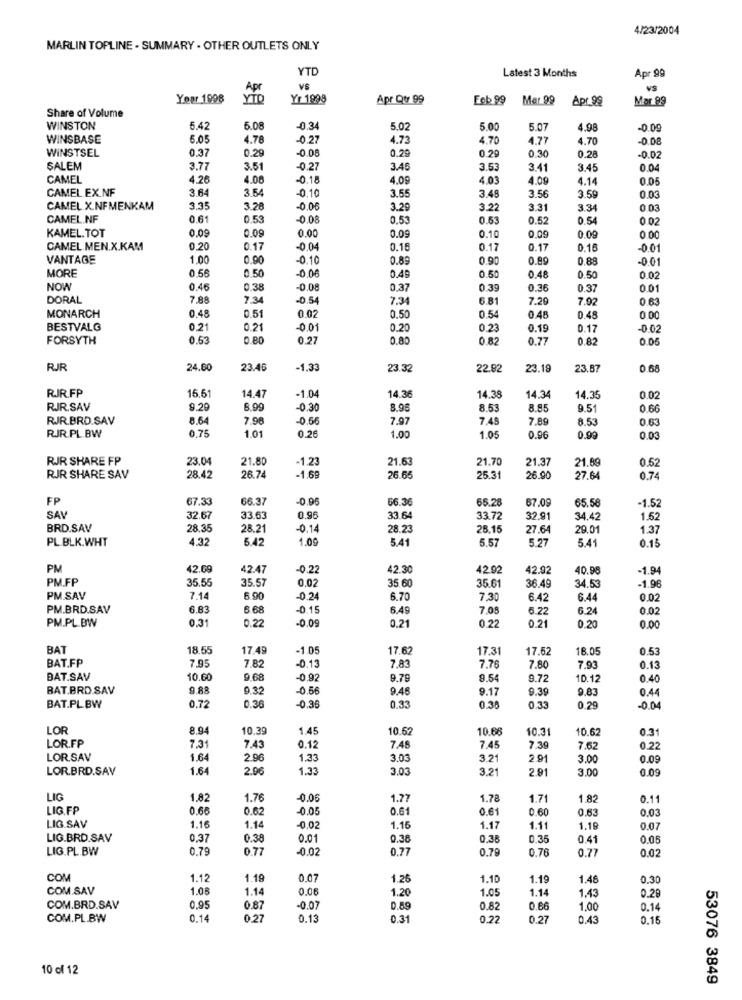
4/23/2004
MARLIN TOPLINE - SUMMARY . OTHER OUTLETS ONLY
YTD
Latest 3 Months
Apr 99
Apr
VS
VS
Your 1998
YTO
Yr 1998
Apr Qtr 99
Feb 99
Mar 99
Apr.99
Mor 89
Share of Volume
WINSTON
5.42
5.08
0.34
5.02
5.00
5.07
4.98
-0.09
WINSBASE
6.05
4.78
-0.27
4.73
4.70
4.77
4.70
-0.08
WINSTSEL
0.37
0.29
-0.08
0.29
0.29
0.30
0.28
-0.02
SALEM
3.77
3.51
-0.27
3.45
3.53
3.41
3.45
0.04
CAMEL
4.26
4.08
-0.18
4.09
4.03
4.09
4.14
0.05
CAMEL EX.NF
3.64
3.54
0.10
3.55
3.48
3.56
3.59
0.03
CAMEL X.NFMENKAM
3.35
3.28
-0.06
3.29
3.22
3.31
3.34
0.03
CAMEL.NF
0.61
0.53
0.08
0.53
0.63
0.52
0.54
0.02
KAMEL. TOT
0.09
0.00
0.09
0.09
0.10
0.09
0.09
0.00
CAMEL MEN.X.KAM
0.20
0.17
-0.04
0.15
0.17
0.17
0.15
-0.0
VANTAGE
1.00
0.90
-0.10
0.89
0.90
0.89
0.88
-0.01
MORE
0.56
-0.06
0.50
0.49
0.50
0.48
0.50
0.02
NOW
0.46
0.38
-0.08
0.37
0.39
0.36
0.37
0.01
DORAL
7.88
7.34
-0.54
7.34
6.81
7.20
7.92
0.63
0.02
MONARCH
0.48
0.51
0.50
0.54
0.48
0.48
0.00
BESTVALG
0.21
0.21
-0.01
0.20
0.23
0.19
0.17
-0.02
FORSYTH
0.53
0.80
0.27
0.80
0.82
0.77
0.82
0.05
RJR
24.60
23.4
-1,33
23.32
22.92
23.19
23.87
0.68
RJR.FP
14.36
15.51
14.47
-1.04
14.38
14.34
14.35
0.02
RJR.SAV
9.29
8,99
0.30
8.96
8.53
8.85
9.5
0.66
RJR.BRD.SAV
8.64
7.98
-0.56
7.97
7.49
7.89
8.53
0.63
0.75
1.01
0.26
RJR.PL.BW
1.00
1.05
0.96
0.99
0.03
RJR SHARE FP
23.04
21.80
1.23
21.6
21.70
21.37
21.89
0.52
-1.69
RIR SHARE SAV
28.42
26.74
26. 65
25.3
26.90
27.64
0.74
FP
67.33
66.3
-0.96
66.3
65.28
67.09
65.56
-1.52
SAV
32.67
33.63
0.96
33.64
33.72
32.91
34.47
1.52
BRD.SAV
28.35
28.21
-0,14
28.23
25.15
27.64
29.01
1.37
PL BLK.WHT
4.32
5.42
1.09
5.41
5.57
5.27
5.4
0.15
PM
42.6
42.4
0.22
42.30
42.92
42.92
40.98
-1.94
PM.FP
35.55
35.57
0.02
35 60
-1.96
35.61
36.49
34.53
PM.SAV
7.14
6.90
-0.24
6.7
7,30
6.42
6.44
0.02
PM.BRD.SAV
6.83
6.68
-0.15
6.49
7.08
6.22
6.24
0.02
PM.PL.BW
0.31
0.22
-0.09
0.21
0.22
0.21
0 20
0.00
BA
18.5
17.4
-1.05
17.6
17.31
17.62
18.05
0.53
BAT.FP
7.95
7.82
7.83
-0.13
7.76
7.80
7.93
0.13
BAT.SAV
10.6
9.68
-0.92
9.79
9.54
9.72
10.12
0.40
BAT.BRD.SAV
9.88
9.32
-0.56
9.46
9.17
9.39
9.83
0.44
-0.38
BAT.PL.BW
0.72
0.36
0.33
0.3.
0.33
0.29
-0.04
LOR
8.94
10.39
1.45
10.52
10.68
10.31
10.62
0.31
LOR.FP
7.31
7.43
0.12
7.48
7.45
7.39
7.62
0.22
LOR.SAV
1.64
2.96
1.33
3.03
3.21
2.91
3.00
0.09
LOR.BRD.SAV
1.64
2.96
1.33
3.03
3.21
2.91
3.00
0.09
LIG
1.82
1.76
-0.06
1.77
1.78
1.71
1.82
0.11
LIG.FP
0.68
0.62
0.05
0.61
0.61
0.60
0.63
0.03
LIG.SAV
1.16
1.14
-0.02
1.15
1.17
1.11
1,19
0.07
LIG.BRD.SAV
0,37
0.38
0.01
0.38
0.38
0.35
0.41
0.05
LIG.PL.BW
0.79
0.77
-0.0
0.77
0.79
0.76
0.77
0.02
COM
1.12
1.19
0.07
1.26
1.10
1.19
1.46
0.30
COM.SAV
1.08
1.14
0.00
1.20
1.05
1.14
1.43
0.29
COM.BRD.SAV
0,95
0.87
-0.07
0.89
0.82
0.66
1.00
0.14
COM.PL.BW
0.14
0.27
0.13
0.31
0.22
0.27
0.43
0.15
10 of 12
53076 3849